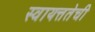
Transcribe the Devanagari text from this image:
स्वायत्ततेची